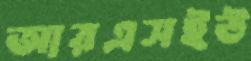
আরএসইউ